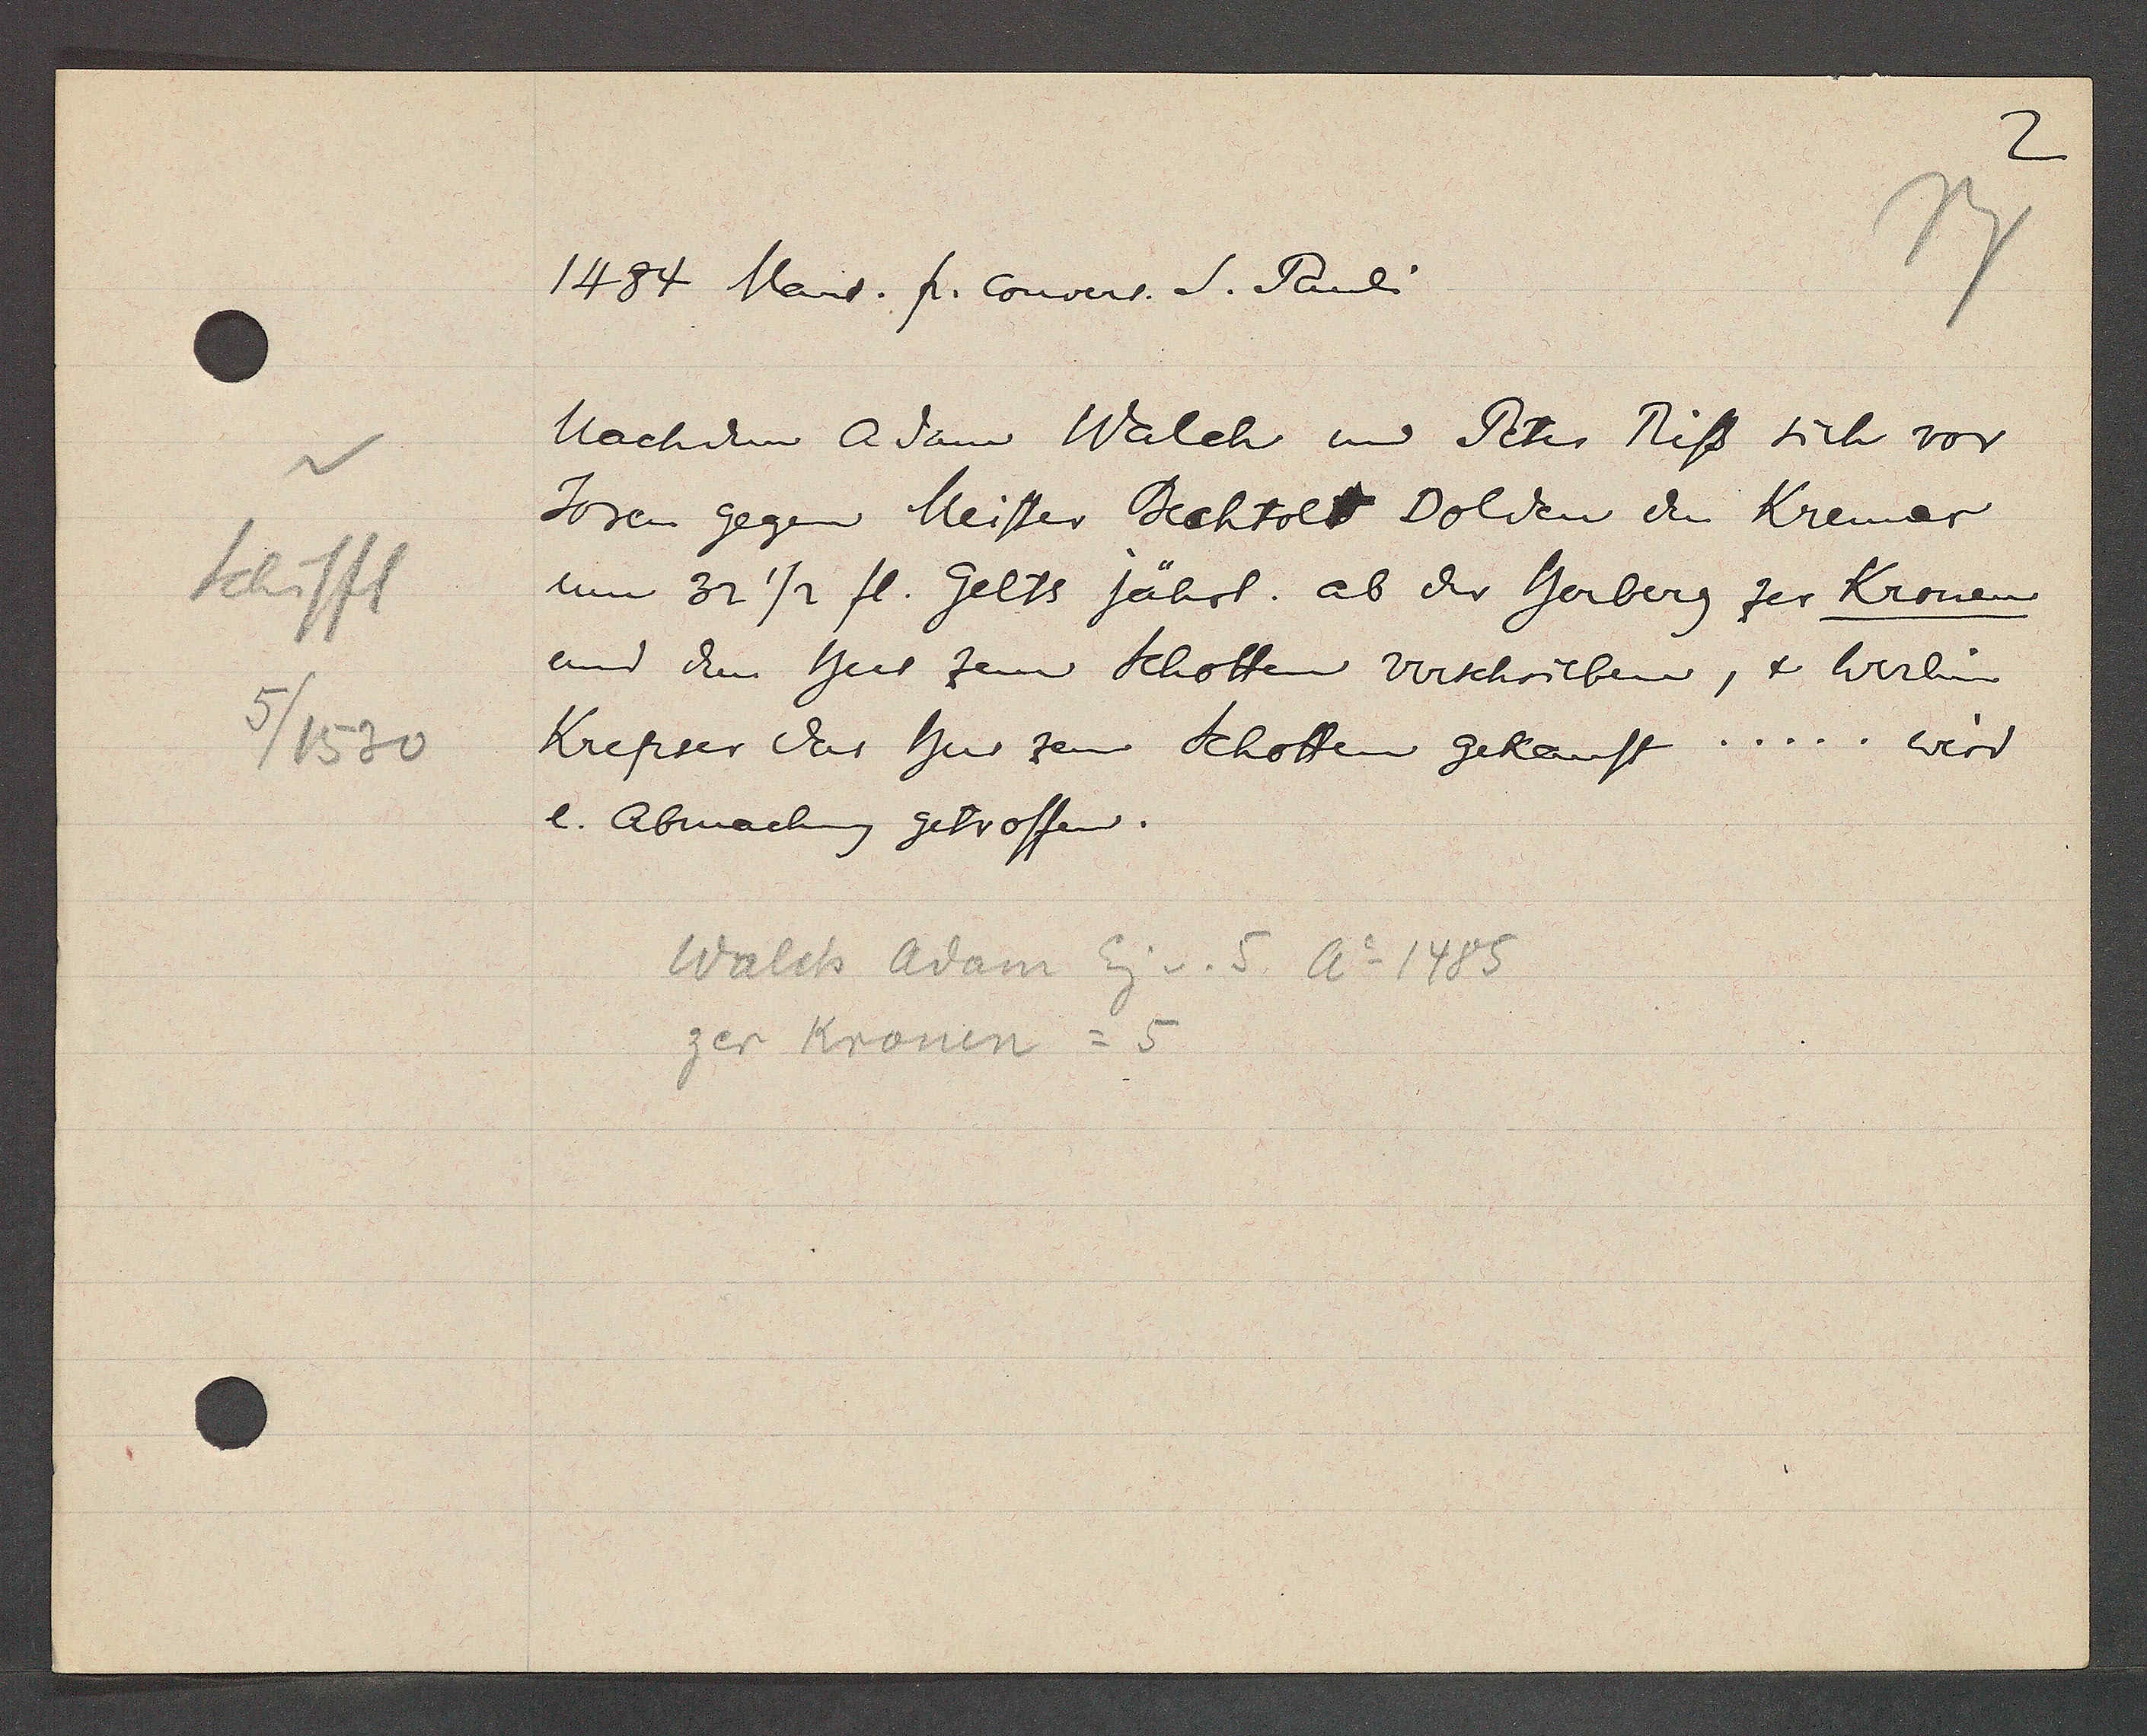
Transcript:
Schiffl
5/1530

1484 Mart. Ƿ convers. S. Pauli

Nachdem Adam Walch und Peter Riss sich vor
Joren gegen Meister Bechtolt dolden den Kremer,
um 32 ½ fl. gelts jährl. ab der herberg zer Kronen
und dem hus zem Schoffen verschriebener, & Werlin
Krepser das hus zem Schoffen gekauft ... wird
l. Abmachung getroffen.

Walch Adam Eig v. 5 Ao 1485
zer Kronen = 5